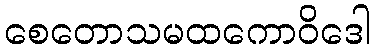
စေတောသမထကောဝိဒေါ